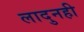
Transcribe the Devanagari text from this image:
लादुनही